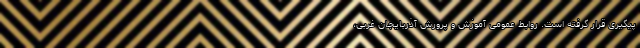
پیگیری قرار گرفته است. روابط عمومی آموزش و پرورش آذربایجان غربی،